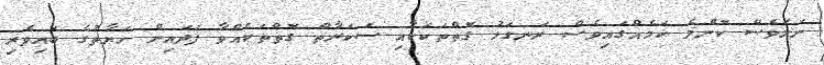
ނަމަވެސް ކޮންމެ ކަމެއްގައިވެސް ރަނގަޅު ގޮތްތަކަކާއި ސަކަރާތް ގޮތްތަކެއްވާ ފަދައިން ހަޔާތުގެ ބައިވެރި